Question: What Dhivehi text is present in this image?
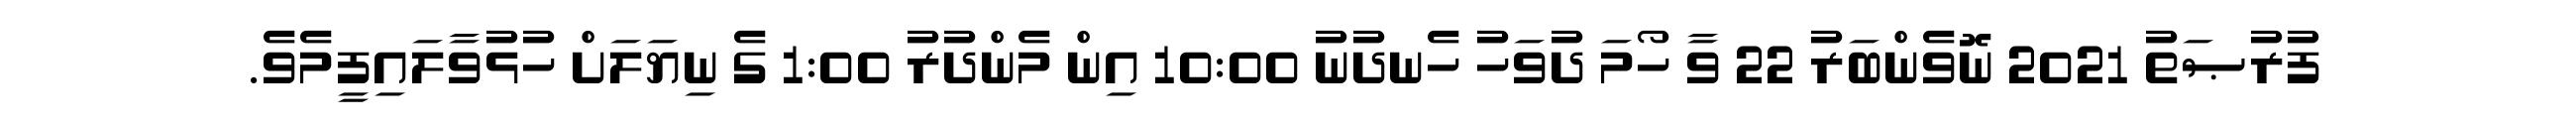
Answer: ފުރުޞަތު 2021 ނޮވެންބަރު 22 ވާ ހޯމަ ދުވަހު ހެނދުނު 10:00 އިން މެންދުރު 1:00 ގެ ނިޔަލަށް ހުޅުވާލައިފީމެވެ.